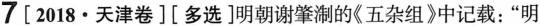
7[2018·天津卷][多选]明朝谢肇制的《五杂组》中记载：”明